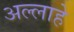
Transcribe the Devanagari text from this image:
अल्लाहे